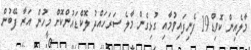
މާލެއިން ކޮވިޑް19 ފެނިފައިވުމާއި ގުޅިގެން މާލެ ސަރަހައްދު ލޮކްޑައުންކޮށް މީހުން އަރާ ފޭބުން